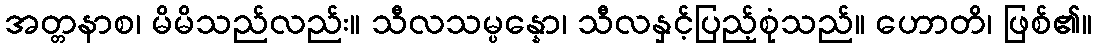
အတ္တနာစ၊ မိမိသည်လည်း။ သီလသမ္ပန္နော၊ သီလနှင့်ပြည့်စုံသည်။ ဟောတိ၊ ဖြစ်၏။